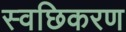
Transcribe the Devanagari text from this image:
स्वछिकरण